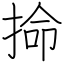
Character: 掵